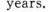
years.